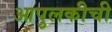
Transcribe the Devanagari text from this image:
आपुलकीची